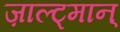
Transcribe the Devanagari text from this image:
ज़ाल्ट्मान्